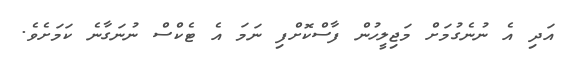
އަދި އެ ނުނެގުމަށް މަޖިލީހުން ފާސްކޮށްފި ނަމަ އެ ޓެކްސް ނުނަގާނެ ކަމަށެވެ.